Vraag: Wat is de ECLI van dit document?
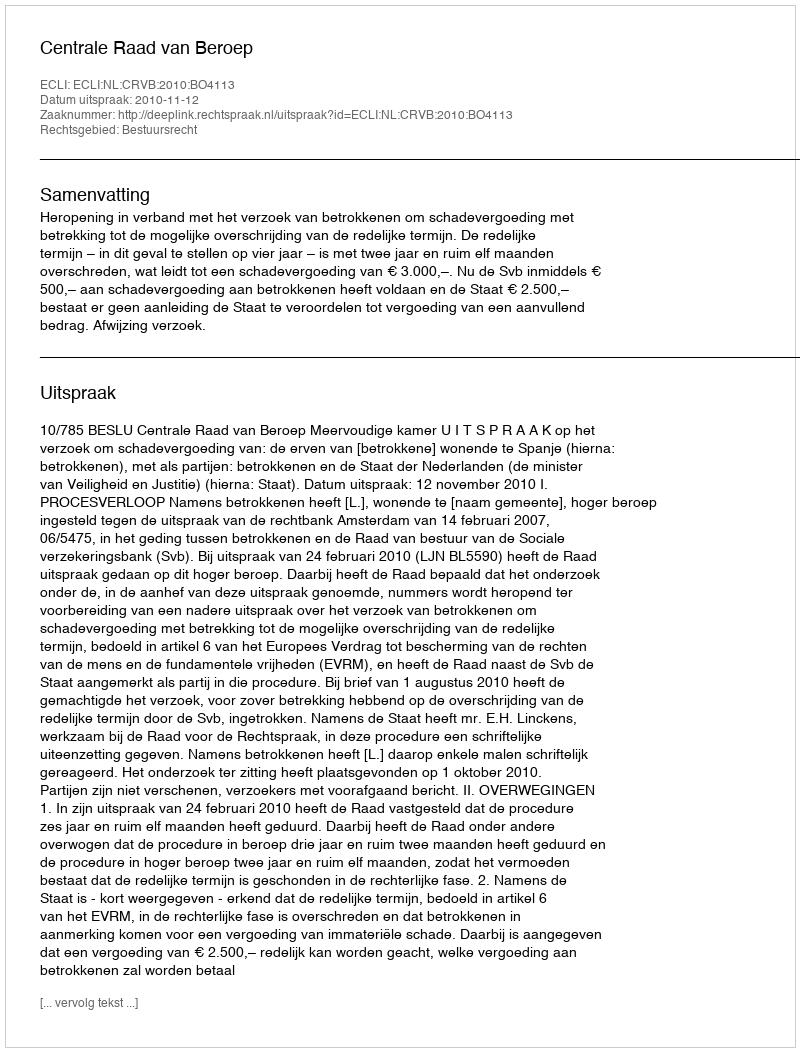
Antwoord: ECLI:NL:CRVB:2010:BO4113